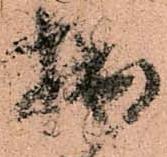
拙